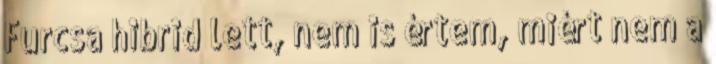
Furcsa hibrid lett, nem is értem, miért nem a